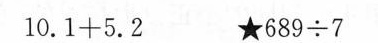
$$1 0 . 1 + 5 . 2 $$ $$★6 8 9 \div 7$$